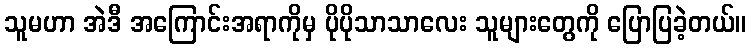
သူမဟာ အဲဒီ အကြောင်းအရာကိုမှ ပိုပိုသာသာလေး သူများတွေကို ပြောပြခဲ့တယ်။